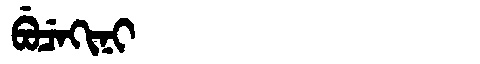
Manchu: ᠪᡠᠴᡝᡴᡳᠨᡳ
Romanization: BUCEKINI